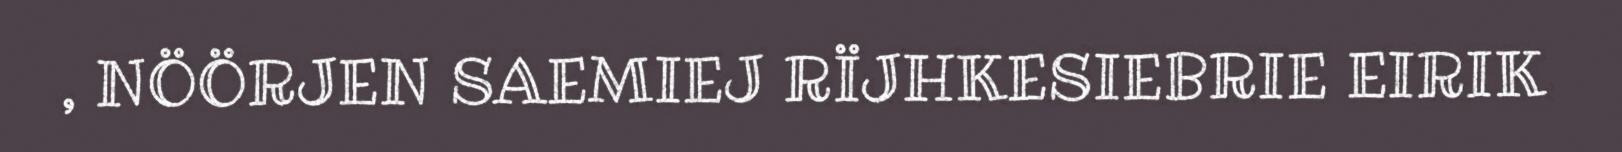
, NÖÖRJEN SAEMIEJ RÏJHKESIEBRIE EIRIK